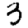
Digit: 3